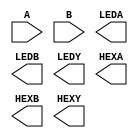
module adder(A, B, LEDA, LEDB, LEDY, HEXA, HEXB, HEXY);
	input [2:0] A, B;
	output [2:0] LEDA, LEDB;
	output [3:0] LEDY;
	output [6:0] HEXA, HEXB, HEXY;

	wire [3:0] Y;

	// Please write down your code!



endmodule